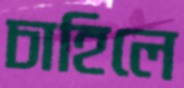
চাহিলে